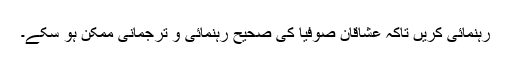
رہنمائی کریں تاکہ عشاقانِ صوفیا کی صحیح رہنمائی و ترجمانی ممکن ہو سکے۔